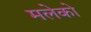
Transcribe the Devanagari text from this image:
मलेको